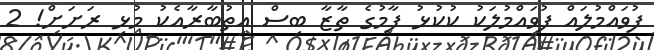
ފުވައްމުލައް ފުވައްމުލަކު ކުކުޅު ފާމުގެ ތާޒާ ބިސް އިތުބާރާއެކު މުޅި ރަށަށް! 2